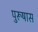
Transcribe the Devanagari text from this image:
पुरूषास